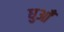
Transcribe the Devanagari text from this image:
घुआँ